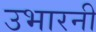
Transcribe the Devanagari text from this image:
उभारनी